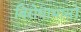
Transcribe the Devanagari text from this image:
बिरोधाभासों